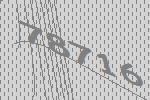
78716